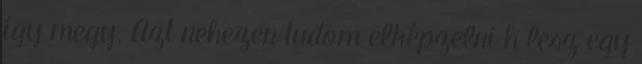
így megy. Azt nehezen tudom elképzelni h lesz egy